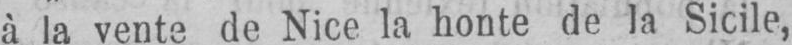
à la vente de Nice la honte de la Sicile,